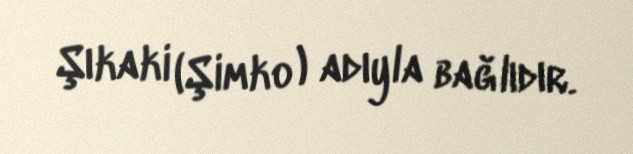
Şıkaki (Şimko ) adıyla bağlıdır.